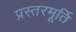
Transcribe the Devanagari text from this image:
प्रस्तरमूर्ति